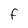
Character: F